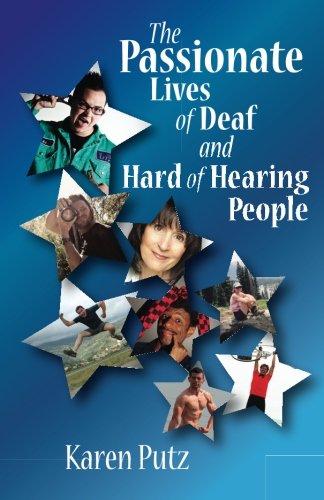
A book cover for The Passionate Lives of Deaf and Hard of Hearing People; Karen Putz; Health, Fitness & Dieting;